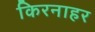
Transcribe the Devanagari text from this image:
किरनाहर